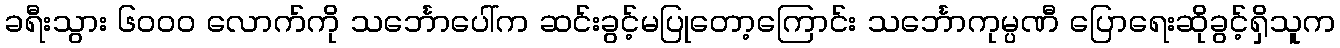
ခရီးသွား ၆၀၀၀ လောက်ကို သင်္ဘောပေါ်က ဆင်းခွင့်မပြုတော့ကြောင်း သင်္ဘောကုမ္ပဏီ ပြောရေးဆိုခွင့်ရှိသူက